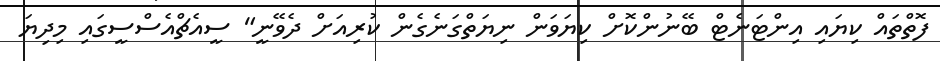
ފޮތްތައް ކިޔައި އިންޓަނެޓް ބޭނުންކޮށް ކިޔަވަން ނިޔަތްގަނެގެން ކުރިއަށް ދެވޭނީ" ސީއެޗްއެސްސީގައި މިދިޔަ